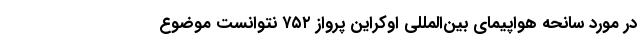
در مورد سانحه هواپیمای بین‌المللی اوکراین پرواز ۷۵۲ نتوانست موضوع